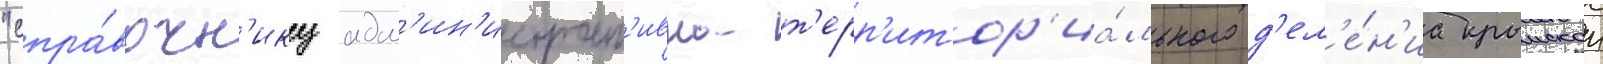
"спра́вочн'ику адм'ин'истрат'ивно-т'ерр'итор'иа́льного д'ел'е́н'иа крымскои